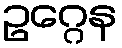
ဥဂ္ဂေန